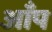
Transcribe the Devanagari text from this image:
आँप